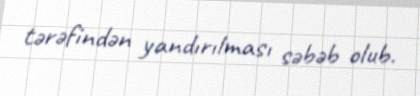
tərəfindən yandırılması səbəb olub.